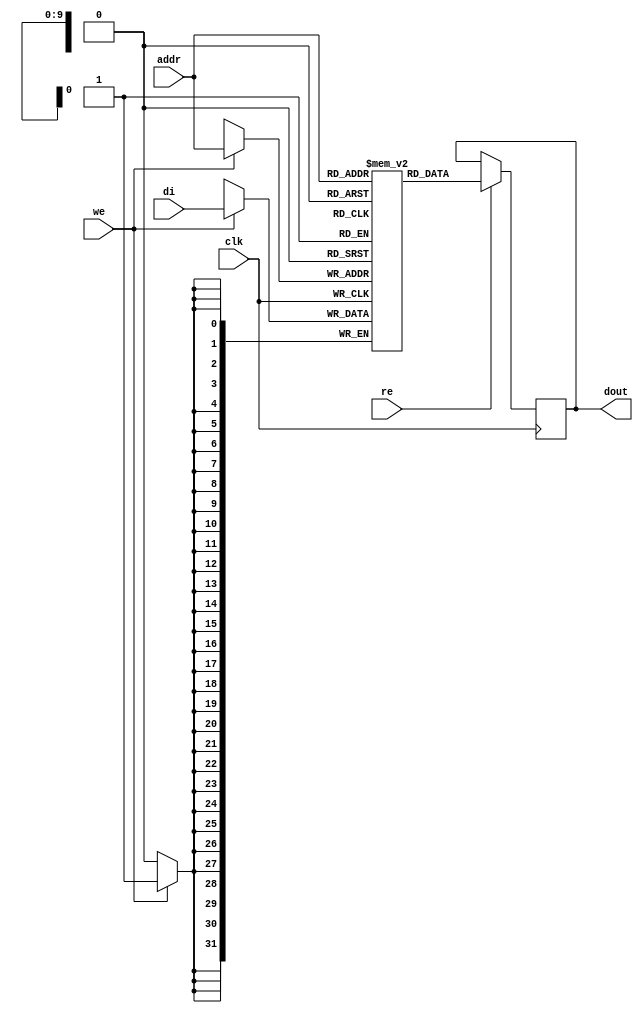

module rams_sp_re_we_rf_1024x32 (clk, we, re, addr, di, dout);
input clk;
input we, re;
input [9:0] addr;
input [31:0] di;
output reg [31:0] dout=0;

reg [31:0] RAM [1023:0];
// reg [31:0] dout;

always @(posedge clk)
    begin
        if (we)
            RAM[addr] <= di;
        if (re)
            dout <= RAM[addr];
    end

endmodule